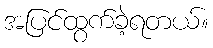
အပြင်ထွက်ခဲ့ရတယ်။